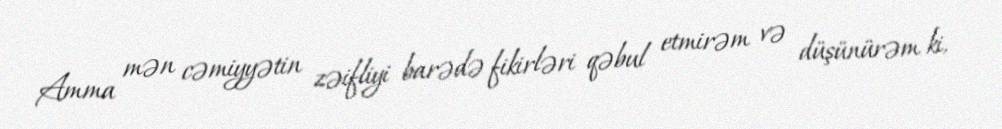
Amma mən cəmiyyətin zəifliyi barədə fikirləri qəbul etmirəm və düşünürəm ki,